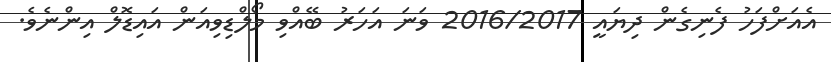
އެއަށްފަހު ފެނިގެން ދިޔައީ 2016/2017 ވަނަ އަހަރު ބޭއްވި މޯލްޑިވިއަން އައިޑޮލް އިންނެވެ.